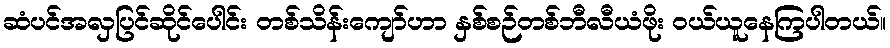
ဆံပင်အလှပြင်ဆိုင်ပေါင်း တစ်သိန်းကျော်ဟာ နှစ်စဉ်တစ်ဘီလီယံဖိုး ဝယ်ယူနေကြပါတယ်။